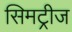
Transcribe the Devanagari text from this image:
सिमट्रीज